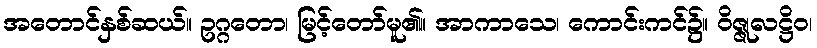
အတောင်နှစ်ဆယ်။ ဥဂ္ဂတော၊ မြင့်တော်မူ၏။ အာကာသေ၊ ကောင်းကင်၌။ ဝိဇ္ဇုလဋ္ဌိဝ၊